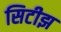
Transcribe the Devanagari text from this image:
सिटीझ